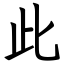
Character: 此